Calcutta medical institutions reports 1871-78
Year: 1871
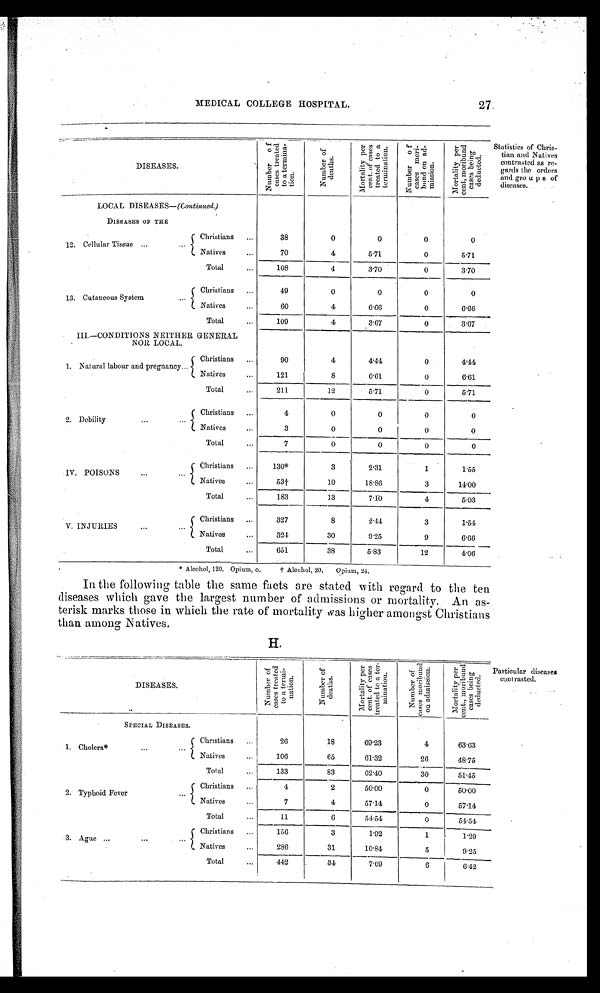
* Alcohol, 120. Opium, o.
† Alcohol, 20. Opium, 24.
In the following table the same facts are
stated with regard to the ten
diseases which gave the largest number of admissions or mortality. An as-
terisk marks those in which the rate of mortality was higher amongst Christians
than among Natives.
H.
DISEASES.
Nu mb e r o f Ca s e s t r e a t e d t o a t e r mi n a t i o n .
Number of deaths.
Mor t al i t y Per cent of Cases t r eat ed t o a t er mi nat i on.
N u m b e r o f C a s e s m o r i b u n d o n a d m i s s i o n .
M o r t a l i t y p e r c e n t , m o r i b u n d c a s e s b e i n g d e d u c t e d .
SPECIAL DISEASES.
1. Cholera*
... ...
Christians
...
2 6
1 8
6 9 . 2 3
4
6 3 . 6 3
Natives
...
1 0 6
6 5
6 1 . 3 2
2 6
4 8 . 7 5
Total
...
1 3 3
8 3
6 2 . 4 0
3 0
5 1 . 4 5
2. Typhoid Fever
...
...
Christians
...
4
2
5 0 . 0 0
0
5 0 . 0 0
Natives
...
7
4
5 7 . 1 4
0
5 7 . 1 4
Total
...
1 1
6
5 4 . 5 4
0
5 4 . 5 4
3. Ague...
... ...
Christians
...
1 5 6
3
1 . 9 2
1
1 . 2 9
Natives
...
2 8 6
3 1
1 0 . 8 4
5
9 . 2 5
Total
...
4 4 2
3 4
7 . 6 9
6
6 . 4 2
MEDICAL COLLEGE HOSPITAL.
27.
DISEASES.
N u m b e r o f c a s e s t r e a t e d t o a t e r m i n a t i o n . Nu mb e r o f d e a t h s .
Mo r t a l i t y P e r c e n t o f c a s e s t r e a t e d t o a t e r mi n a t i o n .
N u m b e r o f c a s e s m o r i b u n d o n a d m i s s i o n
M o r t a l i t y p e r c e n t , m o r i b u n d c a s e s b e i n g d e d u c t e d .
LOCAL DISEASES-(Continued.)
DISEASES OF THE
12. Cellular Tissue ...
...
Christians
...
38
0
0
0
0
Natives
...
70
4
5.71
0
5.71
Total
...
108
4
3.70
0
3.70
13. Cutaneous System
...
Christians
...
49
0
0
0
0
Natives
...
60
4
6.66
0
6.66
Total...
1 0 9
4
3.67
0
3.67
III.-CONDITIONS NEITHER GENERAL
NOR LOCAL.
1. Natural labour and pregnancy...
Christians
...
90
4
4.44
0
4.44
Natives
...
121
8
6.61
0
6.61
Total...
2 1 1
12
5.71
0
5.71
2. Debility
...
...
Christians
...
4
0
0
0
0
Native
...
3
0
0
0
0
Total
...
7
0
0
0
0
IV. POISONS
...
...
Christians
...
130*
3
2.31
1
1.55
Natives
...
53†
10
18.86
3
14.00
Total
...
183
13
7.10
4
5.03
V. INJURIES
...
...
Christians
...
327
8
2.44
3
1.54
Natives
...
324
30
9.25
9
6.66
Total
...
651
38
5.83
12
4.06
Statistics of Chris-
tian and Natives
contrasted as re-
gards the orders
and gro u p s of
diseases..
Particular diseases
contrasted.